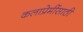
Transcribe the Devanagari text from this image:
कलाप्रेमींसाठी